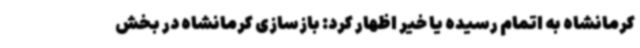
کرمانشاه به اتمام رسیده یا خیر اظهار کرد: بازسازی کرمانشاه در بخش